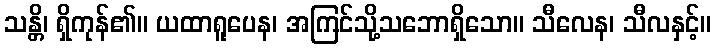
သန္တိ၊ ရှိကုန်၏။ ယထာရူပေန၊ အကြင်သို့သဘောရှိသော။ သီလေန၊ သီလနှင့်။